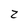
Character: Z